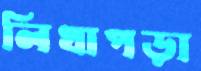
লিখাপড়া